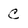
Character: C